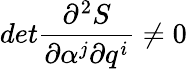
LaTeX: det\frac{\partial^{2}S}{\partial\alpha^{j}\partial q^{i}}\neq 0